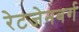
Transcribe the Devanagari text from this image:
रेटजेनबर्ग